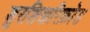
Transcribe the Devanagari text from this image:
शुरशिखरिक्रोड